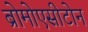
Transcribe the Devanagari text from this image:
ब्रोमोएसीटोन